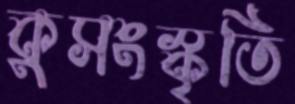
কুসংস্কৃতি